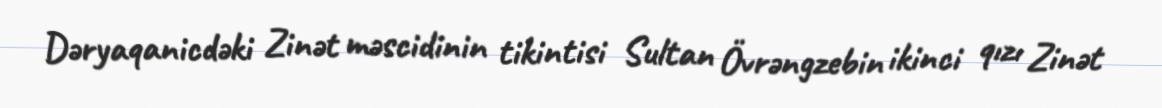
Dəryaqanicdəki Zinət məscidinin tikintisi Sultan Övrəngzebin ikinci qızı Zinət